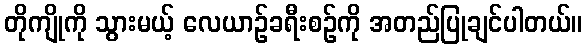
တိုကျိုကို သွားမယ့် လေယာဉ်ခရီးစဉ်ကို အတည်ပြုချင်ပါတယ်။